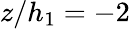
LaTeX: z/h_{1}=-2